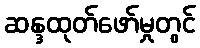
ဆန္ဒထုတ်ဖော်မှုတွင်